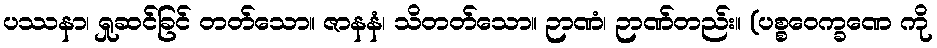
ပဿနာ၊ ရှုဆင်ခြင် တတ်သော။ ဇာနနံ၊ သိတတ်သော။ ဉာဏံ၊ ဉာဏ်တည်း။ (ပစ္စဝေက္ခဏေ ကို